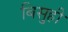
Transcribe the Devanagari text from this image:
बिसुही